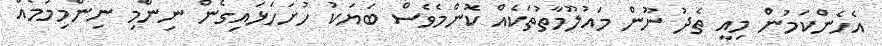
އެހެންކަމުން މިއީ ތެދު ނޫން މައުލޫމާތުތަކެއް ކޮންމެވެސް ބަޔަކު ހުށަހަޅައިގެން ނިންމި ނިންމިމުމެއް